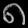
Digit: ၈